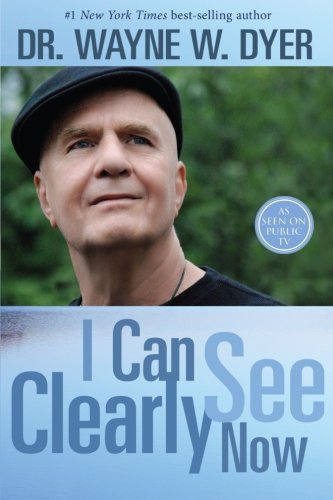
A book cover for I Can See Clearly Now; Dr. Wayne W. Dyer; Self-Help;